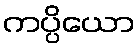
ကပ္ပိယော